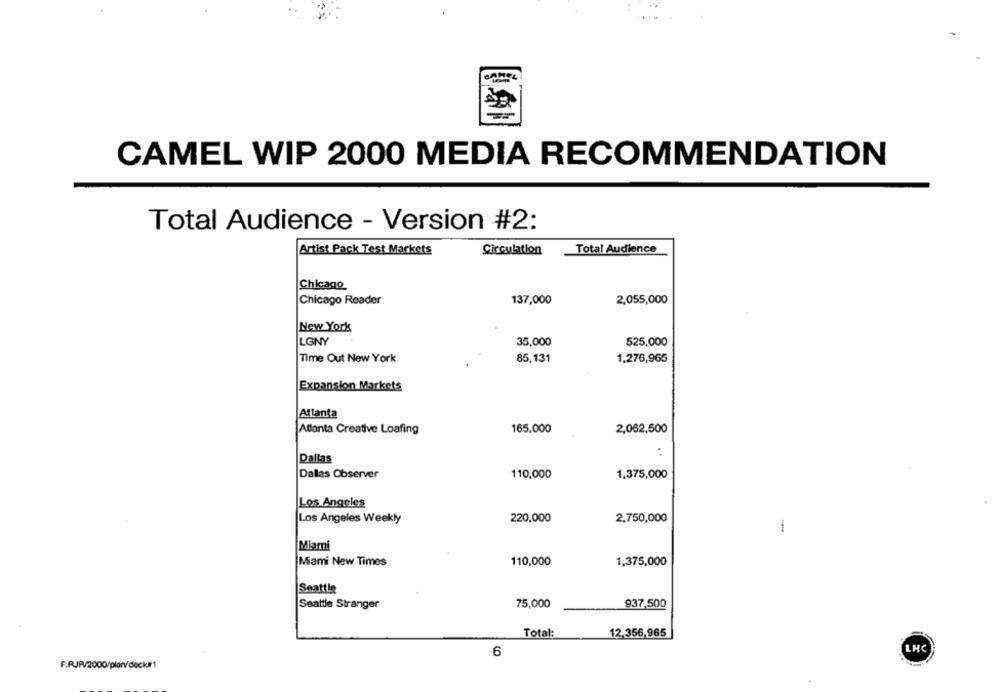
CAMEL WIP 2000 MEDIA RECOMMENDATION
Total Audience - Version #2:
Artist Pack Test Markets
Circulation
Total Audience
Chicago
Chicago Reader
137,000
2,055,000
New York
LGNY
35,000
525,000
Time Out New York
85,131
1,276,965
Expansion Markets
Atlanta
Atlanta Creative Loafing
165,000
2,062,500
:
Dallas
Dallas Observer
110,000
1,375,000
Los Angeles
Los Angeles Weekly
220,000
2,750,000
--
Miami
Miami New Times
110,000
1,375,000
Seattle
Seattle Stranger
75,000
937,500
Total:
12,356,965
LHC
6